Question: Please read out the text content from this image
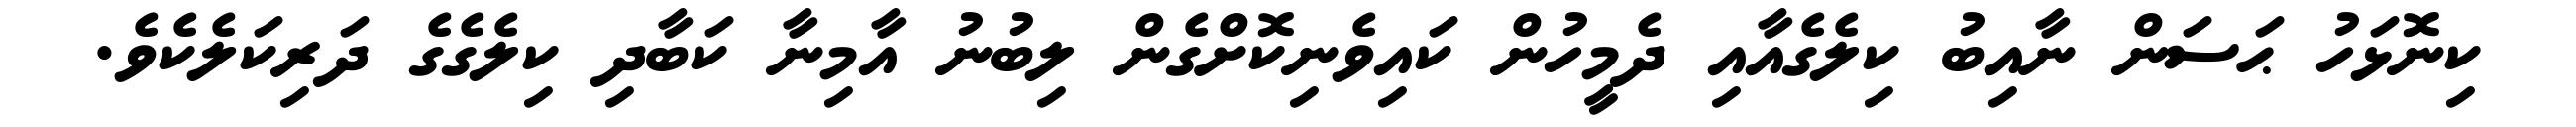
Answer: ކިނޮޅަހު ޙަސަން ނާއިބު ކިލެގެއާއި ދެމީހުން ކައިވެނިކޮށްގެން ލިބުނު އާމިނާ ކަބާދި ކިލެގެގެ ދަރިކަލެކެވެ.